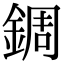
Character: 錭